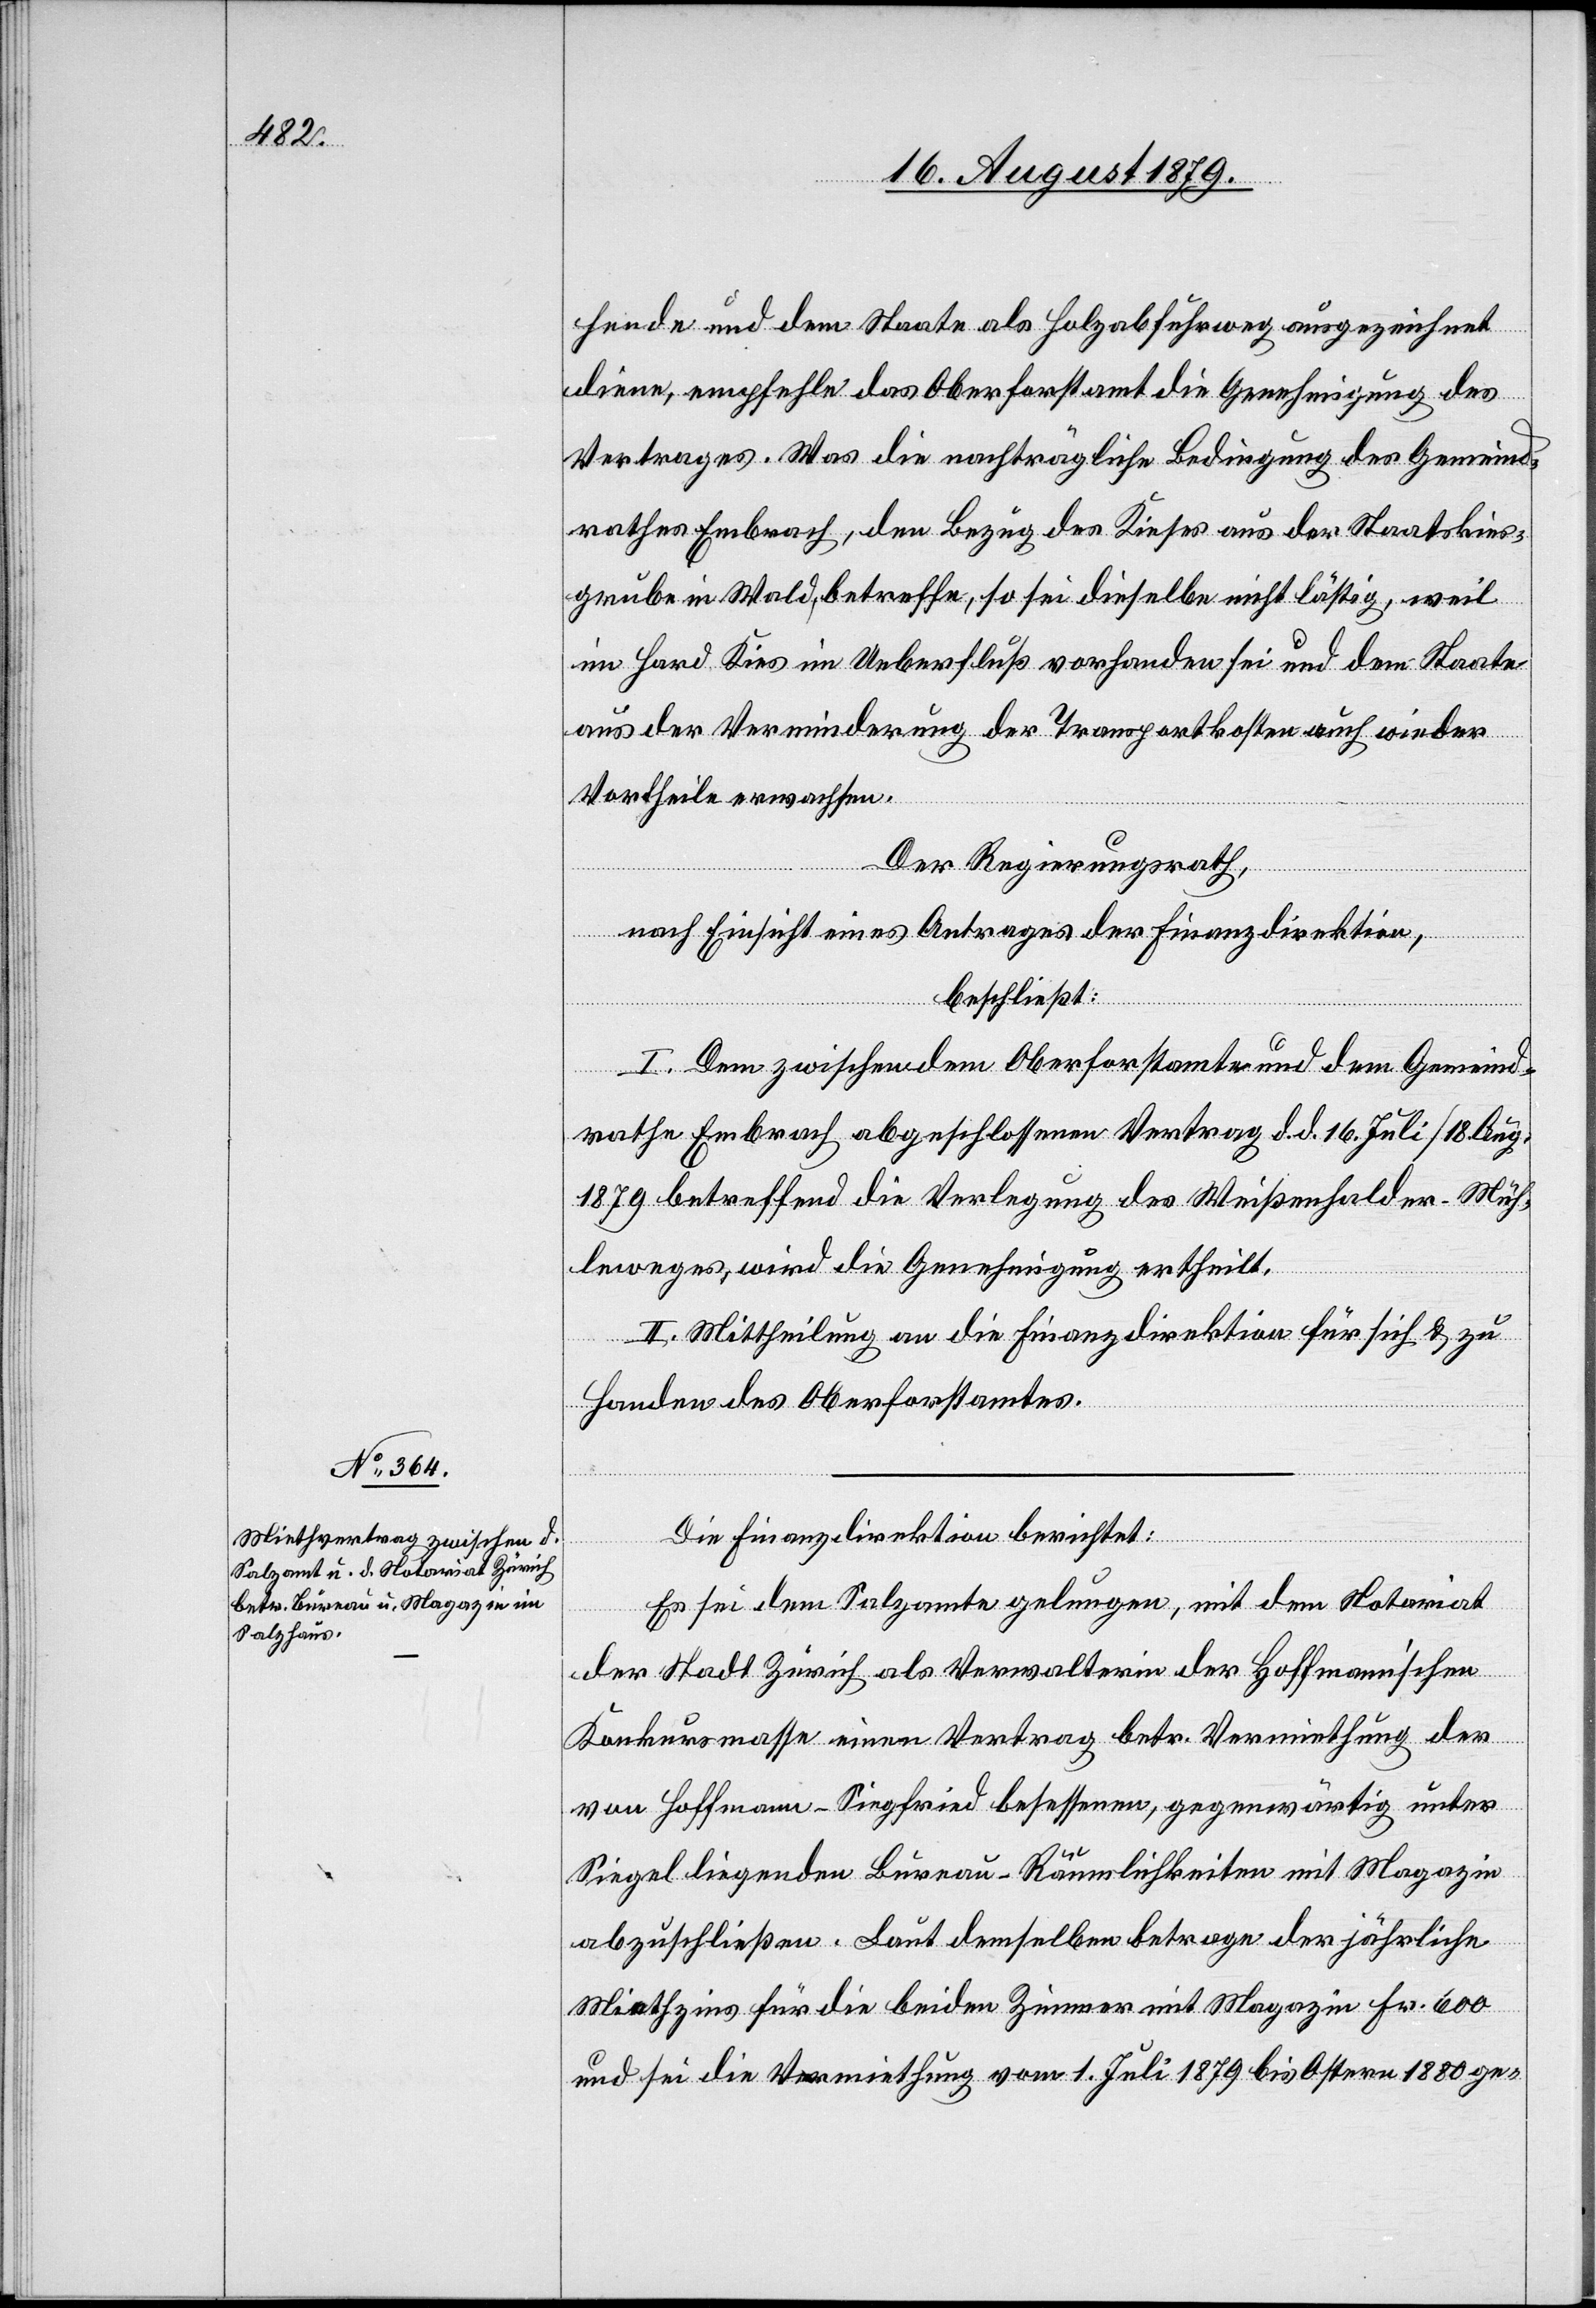
hende und dem Staate als Holzabfuhrweg ausgezeichnet
diene, empfehle das Oberforstamt die Genehmigung des
Vertrages. Was die nachträgliche Bedienung des Gemeind¬
rathes Embrach, den Bezug des Kieses aus der Staatskies¬
grube in Wald, betreffe, so sei dieselbe nicht lästig, weil
im Hard Kies im Ueberfluß vorhanden sei und dem Staate
aus der Verminderung der Transportkosten auch wieder
Vortheile erwachsen.
Der Regierungsrath,
nach Einsicht eines Antrages der Finanzdirektion,
beschließt:
I. Dem zwischen dem Oberforstamte und dem Gemeind¬
rathe Embrach abgeschlossenen Vertrag d. d. 16. Juli/18. Aug.
1879 betreffend die Verlegung des Weißenhalder-Müh¬
leweges, wird die Genehmigung ertheilt.
II. Mittheilung an die Finanzdirektion für sich & zu
Handen des Oberforstamtes.
Die Finanzdirektion berichtet:
Es sei dem Salzamte gelungen, mit dem Notariat
der Stadt Zürich als Verwalterin der Hoffmann’schen
Konkursmasse einen Vertrag betr. Vermiethung der
von Hoffmann-Siegfried besessenen, gegenwärtig unter
Siegel liegenden Bureau-Räumlichkeiten mit Magazin
abzuschließen. Laut demselben betrage der jährliche
Miethzins für die beiden Zimmer mit Magazin Fr. 600
und sei die Vermiethung vom 1. Juli 1879 bis Ostern 1880 ge-